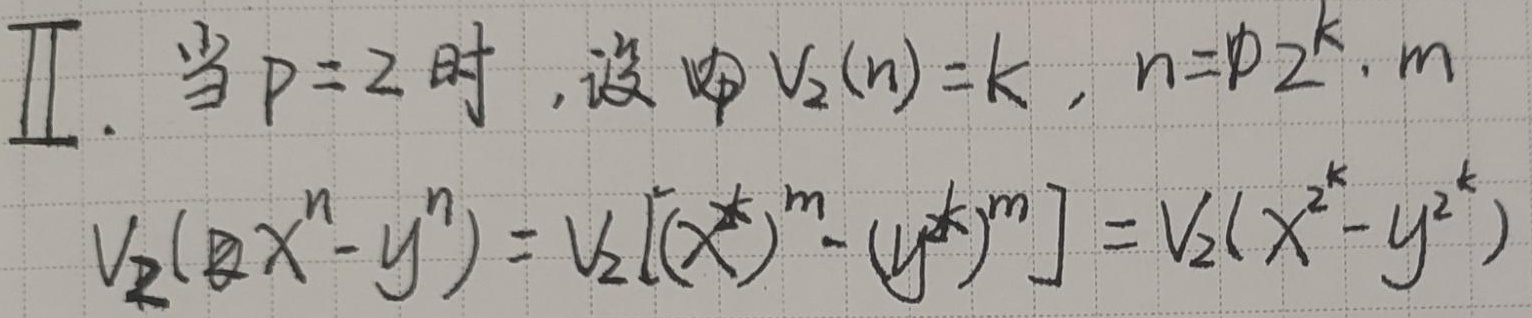
Ⅱ. 当\(p = 2\)时，设\(V_2(n)=k\)，\(n = 2^{k}\cdot m\)。
\(V_2(x^{n}-y^{n})=V_2[(x^{2^{k}})^{m}-(y^{2^{k}})^{m}]=V_2(x^{2^{k}}-y^{2^{k}})\)